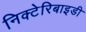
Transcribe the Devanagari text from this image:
निक्टेरिबाइडी